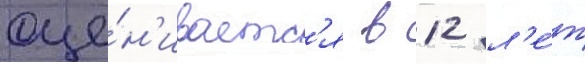
оце́н'иваетс'я в 12 л'е́т